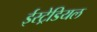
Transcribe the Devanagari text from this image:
ईस्ट्रेडियल